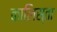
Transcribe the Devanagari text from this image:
कालिस्ता